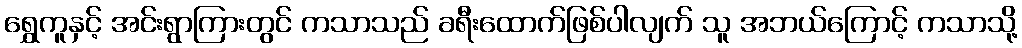
ရွှေကူနှင့် အင်းရွာကြားတွင် ကသာသည် ခရီးထောက်ဖြစ်ပါလျက် သူ အဘယ်ကြောင့် ကသာသို့